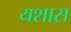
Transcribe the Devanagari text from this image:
यशास